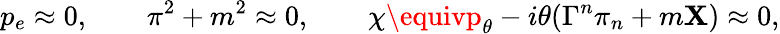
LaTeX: p_{e}\approx0,\qquad\pi^{2}+m^{2}\approx0,\qquad\chi\equivp_{\theta}-i\theta(\Gamma^{n}\pi_{n}+m\mathbf{X})\approx0,